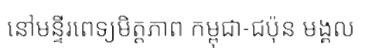
នៅមន្ទីរពេទ្យមិត្តភាព កម្ពុជា-ជប៉ុន មង្គល